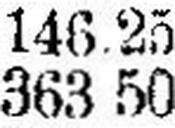
363 50